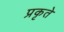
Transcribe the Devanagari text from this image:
प्रकृते